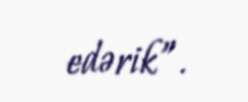
edərik”.